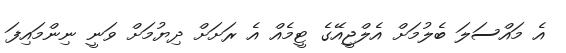
އެ މައްސަލަ ބެލުމަށް އެލްޖީއޭގެ ޓީމެއް އެ ރަށަށް ދިޔުމަށް ވަނީ ނިންމައިފަ